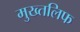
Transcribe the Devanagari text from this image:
मुख्तलिफ